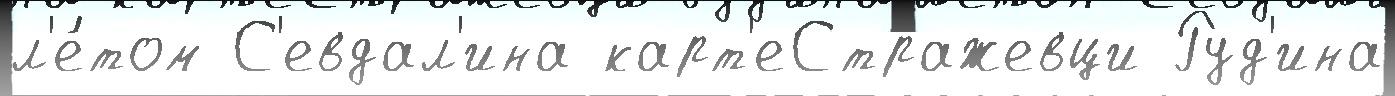
л'е́том С'евдал'ина карт'еСтражевци Руд'ина